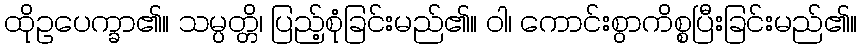
ထိုဥပေက္ခာ၏။ သမ္ပတ္တိ၊ ပြည့်စုံခြင်းမည်၏။ ဝါ၊ ကောင်းစွာကိစ္စပြီးခြင်းမည်၏။